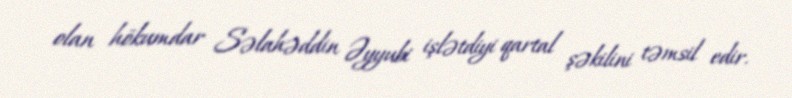
olan hökumdar Səlahəddin Əyyubi işlətdiyi qartal şəkilini təmsil edir.